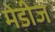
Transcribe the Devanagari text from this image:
मेडीज